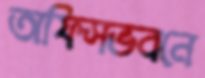
অফিসভবনে